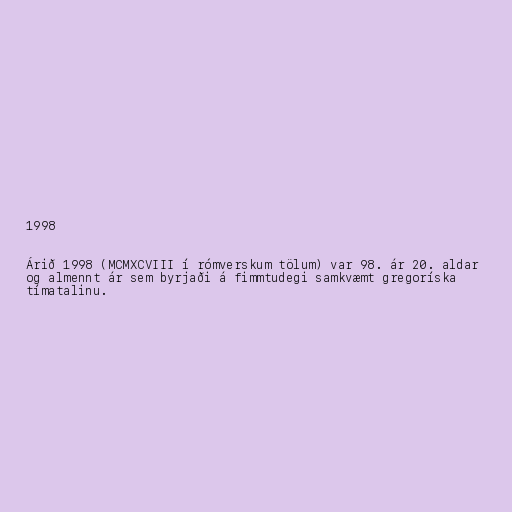
1998

Árið 1998 (MCMXCVIII í rómverskum tölum) var 98. ár 20. aldar
og almennt ár sem byrjaði á fimmtudegi samkvæmt gregoríska
tímatalinu.